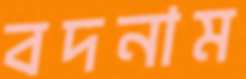
বদনাম